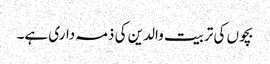
بچوں کی تربیت والدین کی ذمہ داری ہے۔